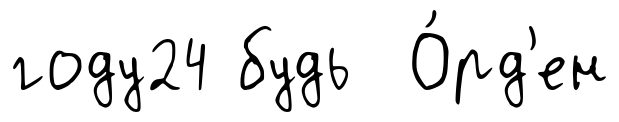
году24 будь О́рд'ен